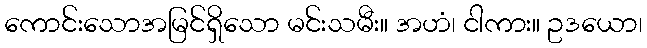
ကောင်းသောအမြင်ရှိသော မင်းသမီး။ အဟံ၊ ငါကား။ ဥဒယော၊